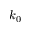
k _ { 0 }